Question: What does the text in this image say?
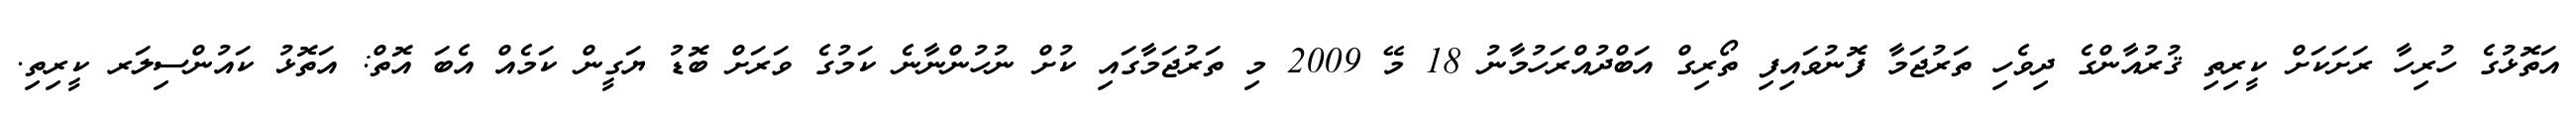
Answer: އަތޮޅުގެ ހުރިހާ ރަށަކަށް ކީރިތި ޤުރުއާންގެ ދިވެހި ތަރުޖަމާ ފޮނުވައިފި ތޯރިގް އަބްދުއްރަހުމާނު 18 މޭ 2009 މި ތަރުޖަމާގައި ކުށް ނުހުންނާނެ ކަމުގެ ވަރަށް ބޮޑު ޔަގީން ކަމެއް އެބަ އޮތް: އަތޮޅު ކައުންސިލަރ ކީރިތި.